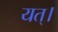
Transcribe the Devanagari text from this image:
यत्।